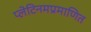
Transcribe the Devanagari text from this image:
प्लेटिनमप्रमाणित